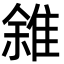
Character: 雓